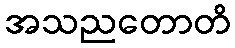
အသညတောတိ